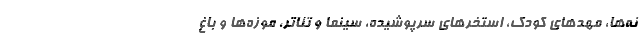
نه‌ها، مهدهای کودک، استخرهای سرپوشیده، سینما و تئاتر، موزه‌ها و باغ